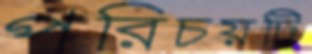
পরিচয়টি